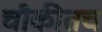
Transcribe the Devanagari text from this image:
चौकीतच